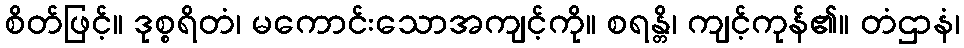
စိတ်ဖြင့်။ ဒုစ္စရိတံ၊ မကောင်းသောအကျင့်ကို။ စရန္တိ၊ ကျင့်ကုန်၏။ တံဌာနံ၊